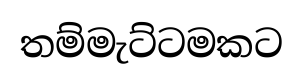
තම්මැට්ටමකට